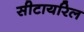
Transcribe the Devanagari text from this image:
सीटायरिल